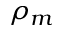
\rho _ { m }